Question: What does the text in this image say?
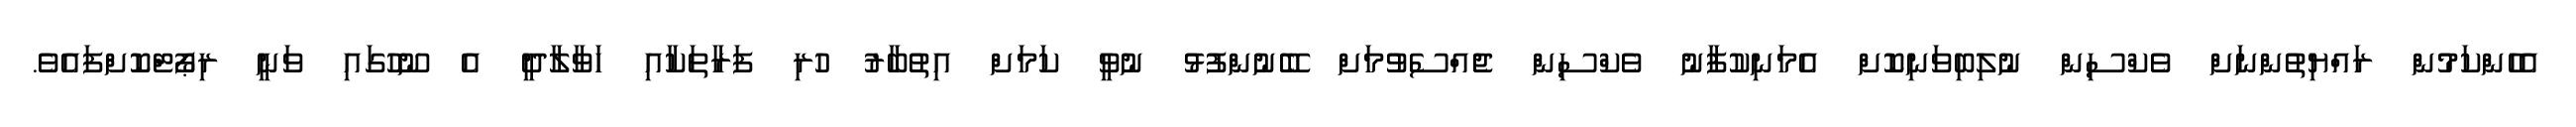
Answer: އެހެންކަމުން ރައްޔިތުންނަށް ވެކްސިން ނުލިބިވަނިކޮށް އެމަނިކުފާނު ވެކްސިން ޖެއްސެވުމަށް ބޭނުންފުޅު ނުވީ ކަމަށް އިތުބާރު ހުރި ފަރާތަކާއި ހަވާލާދީ އެ ނޫހުގައި ވަނީ ރިޕޯޓްކޮށްފައެވެ.